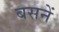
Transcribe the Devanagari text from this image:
बसनें